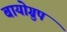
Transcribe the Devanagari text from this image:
बायोग्रुप